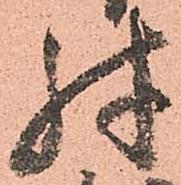
殊